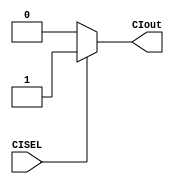
module muxCI(CISEL, CIout);
  
  // inputs
  input  CISEL;
  
  // outputs
  output CIout;

  // MUX LOGIC:
  //   if   CISEL == 0 => CIout = 0
  //   else            => CIout = 1
  assign CIout = (CISEL == 1'b0) ? 1'b0 : 1'b1;

endmodule